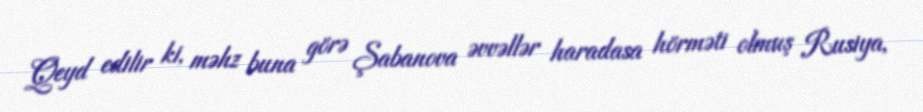
Qeyd edilir ki, məhz buna görə Şabanova əvvəllər haradasa hörməti olmuş Rusiya,